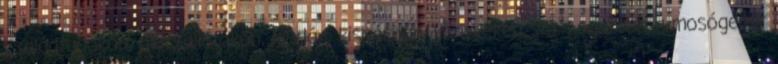
Családtagokon, plüssállatokon, labdán, kispárnán, könyveken stb. Legutóbb a mosógépet